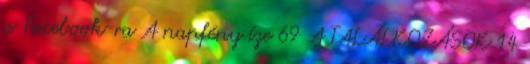
a Facebook-ra A napfény íze 69 A TALÁLKOZÁSOK 14